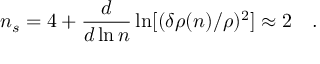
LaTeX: n _ { s } = 4 + \frac { d } { d \ln n } \ln [ ( \delta \rho ( n ) / \rho ) ^ { 2 } ] \approx 2 \quad .